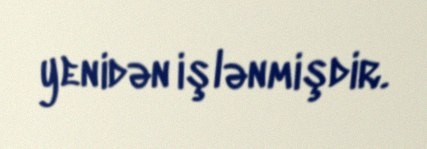
yenidən işlənmişdir.